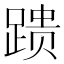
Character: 𰸞